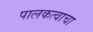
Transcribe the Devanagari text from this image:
पालकत्वाचा